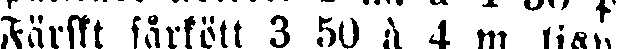
Färskt fårkött 3 50 à 4 m. lisp